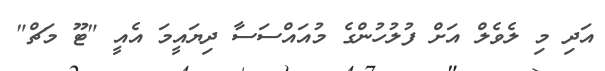
އަދި މި ލެވެލް އަށް ފުލުހުންގެ މުއައްސަސާ ދިޔައީމަ އެއީ "ޓޫ މަޗް"